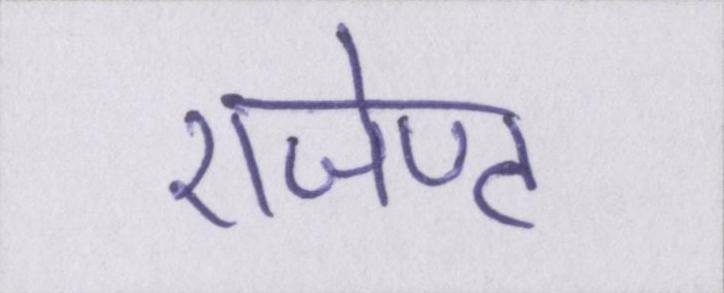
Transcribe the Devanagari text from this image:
एजेण्ट